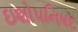
ઇશોપનિષદ